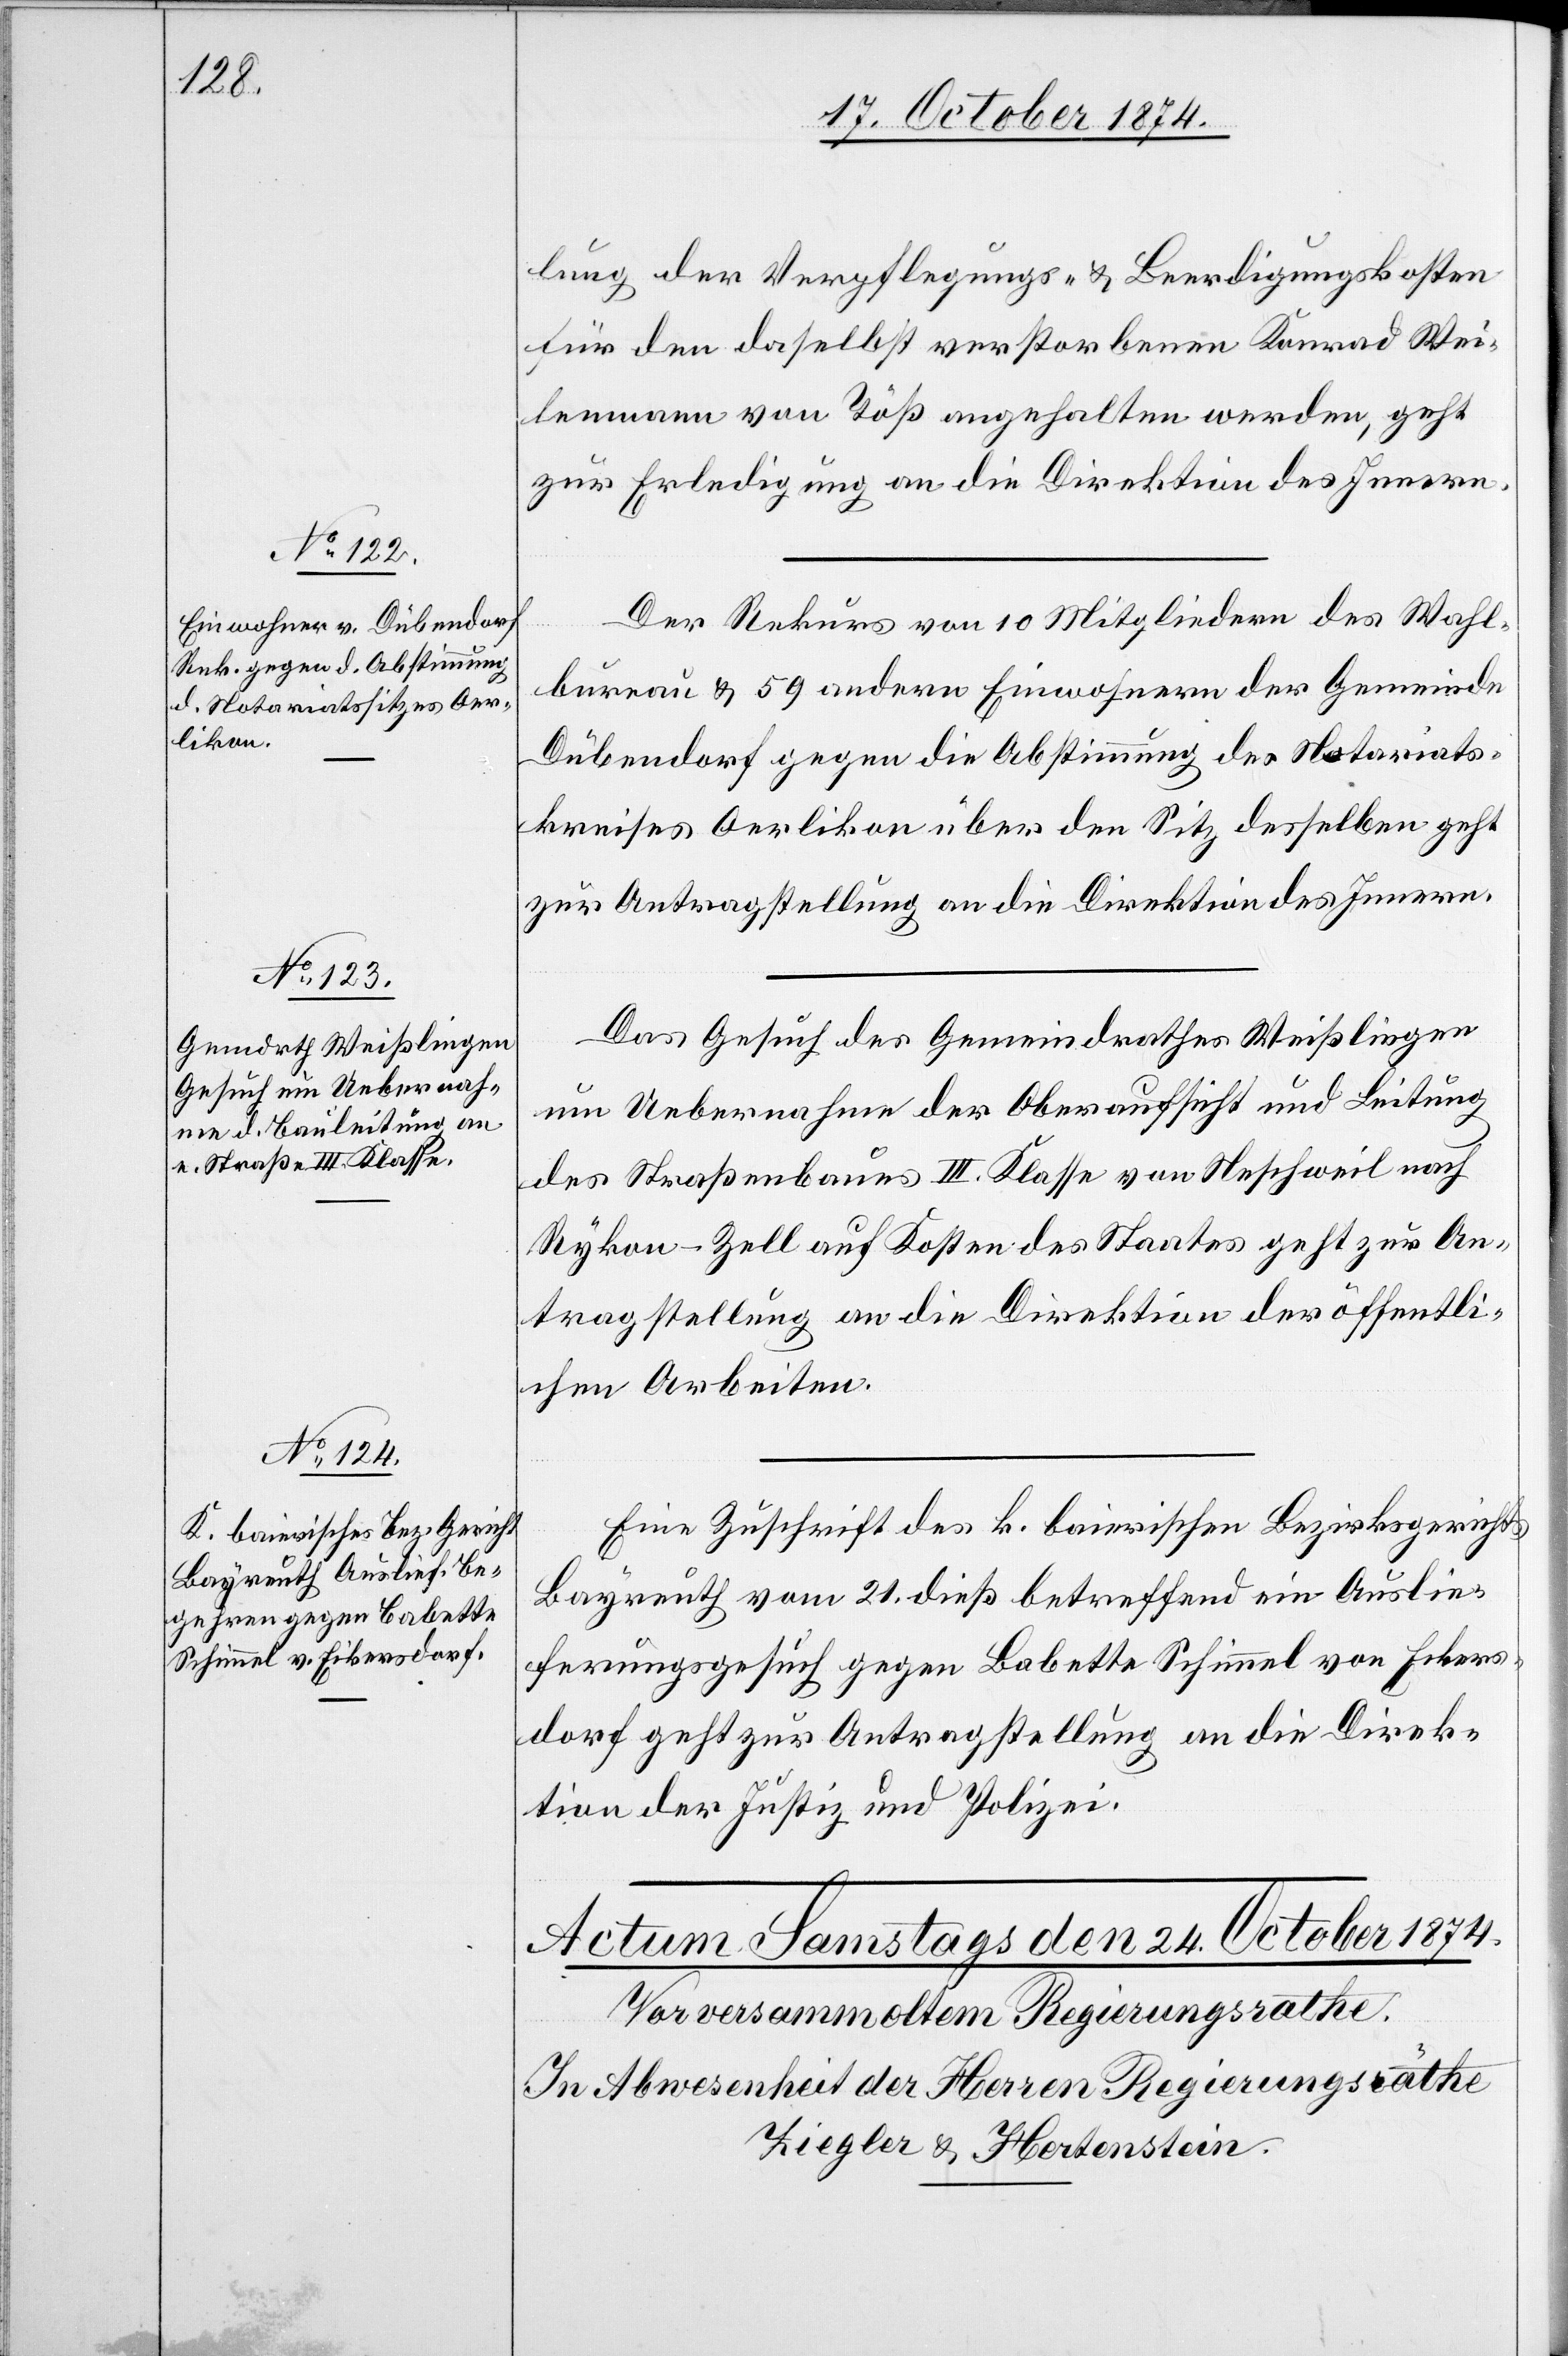
Wei¬

23. October 1874.]
lung der Verpflegungs- & Beerdigungskosten
für den daselbst verstorbenen Konrad [si¬
lemann von Töß angehalten werden, geht
zur Erledigung an die Direktion des Innern.
Der Rekurs von 10 Mitgliedern des Wahl¬
bureau & 59 andern Einwohnern der Gemeinde
Dübendorf gegen die Abstimmung des Notariats¬
kreises Oerlikon über den Sitz desselben geht
zur Antragstellung an die Direktion des Innern.
Das Gesuch des Gemeindrathes Weißlingen
um Uebernahme der Oberaufsicht und Leitung
des Straßenbaues III. Klasse von Neschweil nach
Rykon-Zell auf Kosten des Staates geht zur An¬
tragstellung an die Direktion der öffentli¬
chen Arbeiten.
Eine Zuschrift des k. baierischen Bezirksgerichtes
Bayreuth vom 21. dieß betreffend ein Auslie¬
ferungsgesuch gegen Babette Schimmel von Eikers¬
dorf geht zur Antragstellung an die Direk¬
tion der Justiz und Polizei.